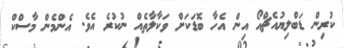
ކުރިން ޑަބްލިޔުއެޗްއޯ އިން އެހާ ބޮޑަކަށް ވަކާލާތެއް ނުކުރެ އެވެ. އެންމެން މާސްކް